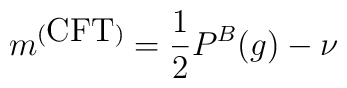
m^{(\textrm{CFT})} = \frac{1}{2}P^B(g) - \nu